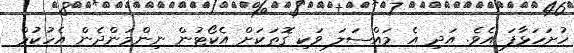
ހުށަހަޅާފަ އެވެ. އަދި އެ މައްސަލަ ވަކި ގޮތަކަށް އެކޯޓުން ނިންމަންދެން އެހުކުމް